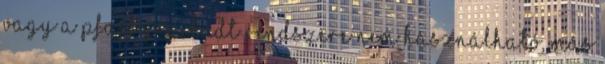
vagy a Pfaff gépek IDT rendszere nem használható, más